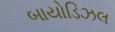
બાયોડિઝલ